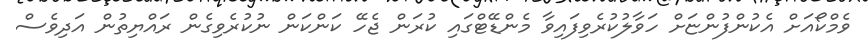
ވެމްކޯއަށް އެކުންފުންޏަށް ހަވާލުކުރެވިފައިވާ މެންޑޭޓްގައި ކުރަން ޖެހޭ ކަންކަން ނުކުރެވިގެން ރައްޔިތުން އަދިވެސް